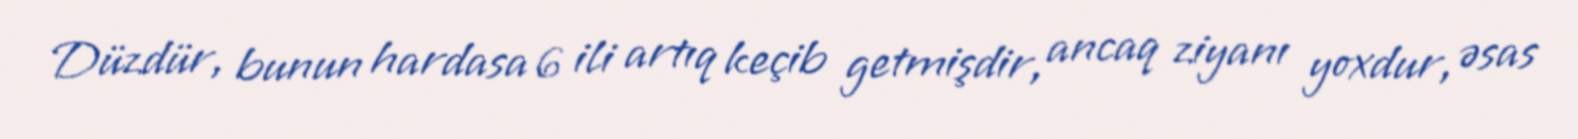
Düzdür, bunun hardasa 6 ili artıq keçib getmişdir, ancaq ziyanı yoxdur, əsas